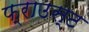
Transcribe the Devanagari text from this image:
फ्राउस्ट